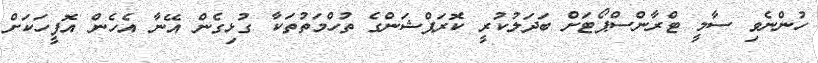
ހުންނެވި ސާމީ ޓްރާންސްޕޯޓަށް ބަދަލުކުރީ ކޮރަޕްޝަންގެ ތުހްމަތުތަކާ ގުޅިގެން އޭނާ އެހެން އޮފީހަކަށް